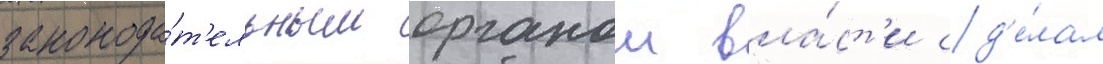
законода́т'ельным органом вла́ст'и сд'е́лал